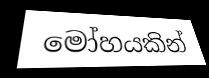
මෝහයකින්